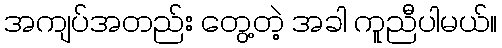
အကျပ်အတည်း တွေ့တဲ့ အခါ ကူညီပါမယ်။